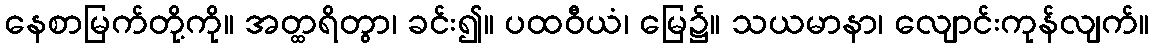
နေစာမြက်တို့ကို။ အတ္ထရိတွာ၊ ခင်း၍။ ပထဝီယံ၊ မြေ၌။ သယမာနာ၊ လျောင်းကုန်လျက်။